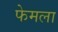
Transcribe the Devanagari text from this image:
फेमला